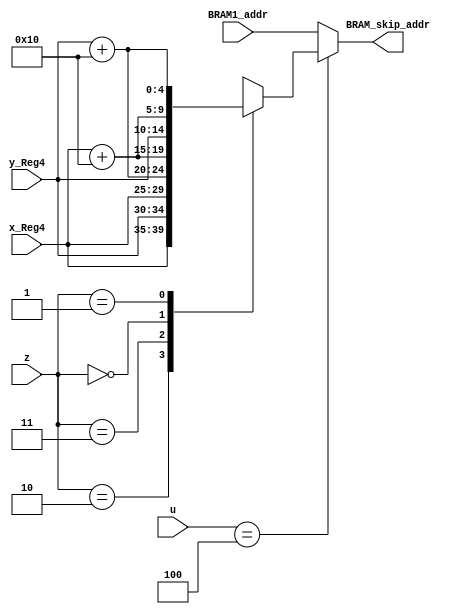
module BRAM_SKIP_address_L8(z,u,x_Reg4,y_Reg4,BRAM1_addr,BRAM_skip_addr);

output reg [9:0] BRAM_skip_addr;
input [9:0] BRAM1_addr;
input [1:0] z;
input [2:0] u;
input [4:0] x_Reg4,y_Reg4;

always @ (*)
	begin
		if(u==4)
			case (z)
				2'b10: BRAM_skip_addr={x_Reg4,y_Reg4}; 
				2'b11: BRAM_skip_addr={x_Reg4,y_Reg4+5'b10000}; 
				2'b00: BRAM_skip_addr={x_Reg4+5'b10000,y_Reg4}; 
				2'b01: BRAM_skip_addr={x_Reg4+5'b10000,y_Reg4+5'b10000}; 
			endcase	
		else
			BRAM_skip_addr=BRAM1_addr;	
	end
endmodule